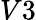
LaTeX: V3